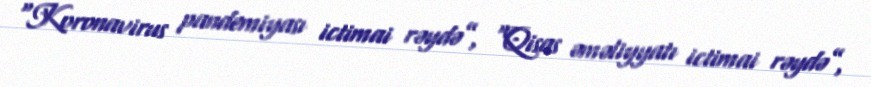
“Koronavirus pandemiyası ictimai rəydə”, “Qisas əməliyyatı ictimai rəydə”,